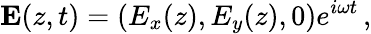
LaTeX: {\mathbf E}(z,t)=\left(E_{x}(z),E_{y}(z),0\right)e^{i\omega t}\, ,